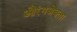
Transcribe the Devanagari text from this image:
औरंगजेबला